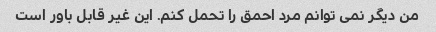
من دیگر نمی توانم مرد احمق را تحمل کنم. این غیر قابل باور است